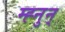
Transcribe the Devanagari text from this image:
म्ह्नुन्